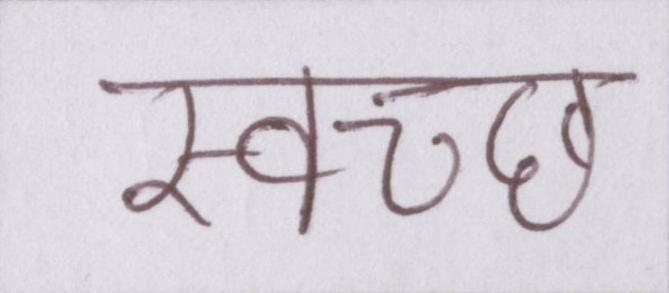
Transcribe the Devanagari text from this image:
स्वच्छ